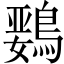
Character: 𲍣